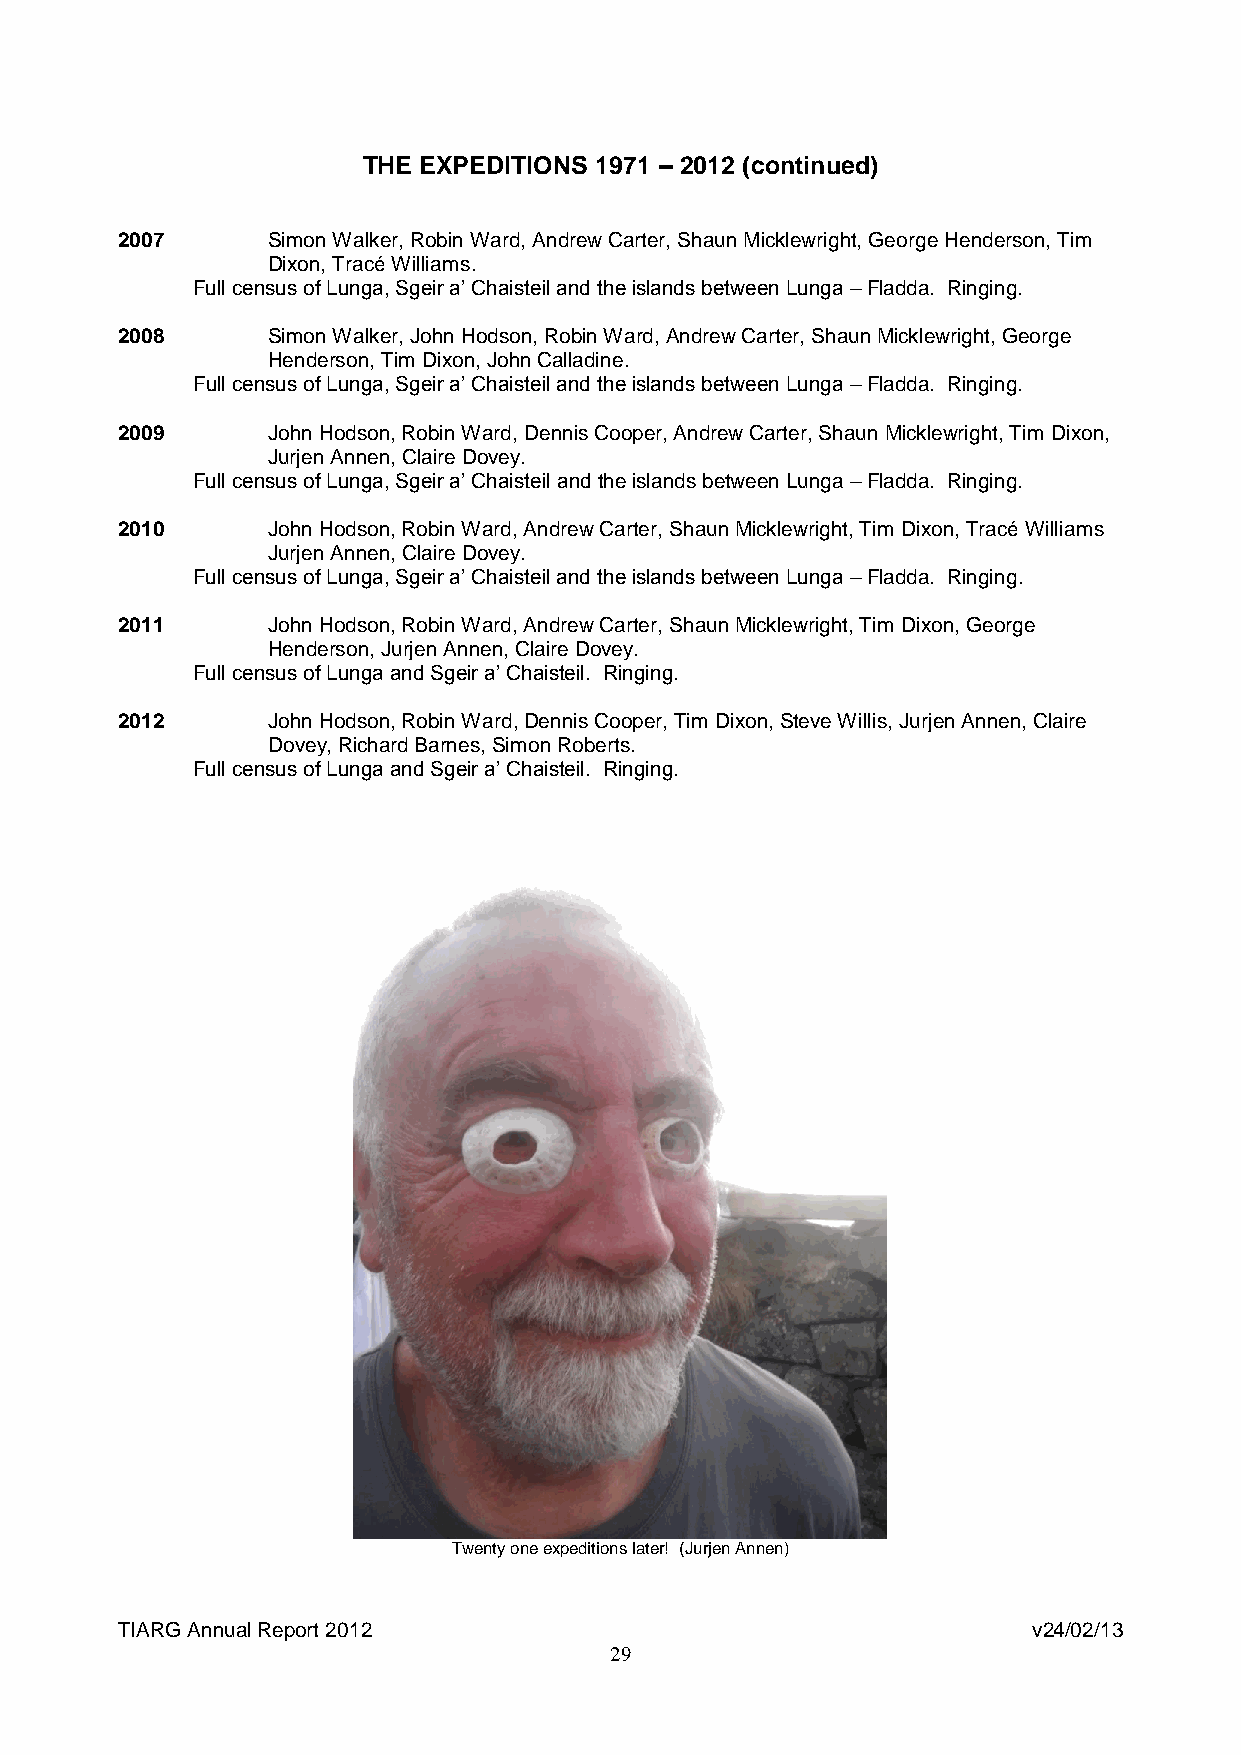
THE EXPEDITIONS 1971 – 2012 (continued)
 2007      Simon Walker, Robin Ward, Andrew Carter, Shaun Micklewright, George Henderson, Tim
 Dixon, Tracé Williams.
 Full census of Lunga, Sgeir a’ Chaisteil and the islands between Lunga – Fladda. Ringing.
 2008      Simon Walker, John Hodson, Robin Ward, Andrew Carter, Shaun Micklewright, George
 Henderson, Tim Dixon, John Calladine.
 Full census of Lunga, Sgeir a’ Chaisteil and the islands between Lunga – Fladda. Ringing.
 2009      John Hodson, Robin Ward, Dennis Cooper, Andrew Carter, Shaun Micklewright, Tim Dixon,
 Jurjen Annen, Claire Dovey.
 Full census of Lunga, Sgeir a’ Chaisteil and the islands between Lunga – Fladda. Ringing.
 2010      John Hodson, Robin Ward, Andrew Carter, Shaun Micklewright, Tim Dixon, Tracé Williams
 Jurjen Annen, Claire Dovey.
 Full census of Lunga, Sgeir a’ Chaisteil and the islands between Lunga – Fladda. Ringing.
 2011      John Hodson, Robin Ward, Andrew Carter, Shaun Micklewright, Tim Dixon, George
 Henderson, Jurjen Annen, Claire Dovey.
 Full census of Lunga and Sgeir a’ Chaisteil. Ringing.
 2012      John Hodson, Robin Ward, Dennis Cooper, Tim Dixon, Steve Willis, Jurjen Annen, Claire
 Dovey, Richard Barnes, Simon Roberts.
 Full census of Lunga and Sgeir a’ Chaisteil. Ringing.
 Twenty one expeditions later! (Jurjen Annen)
 TIARG Annual Report 2012                                    v24/02/13
 29